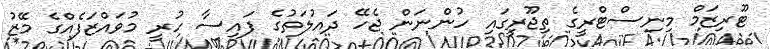
ޓޫރިޒަމް މިނިސްޓްރީގެ ތިޖޫރީގައި ހުންނަން ޖެހޭ ދައުލަތުގެ ފައިސާ ހުރީ މުވައްޒަފެއްގެ މޭޒު